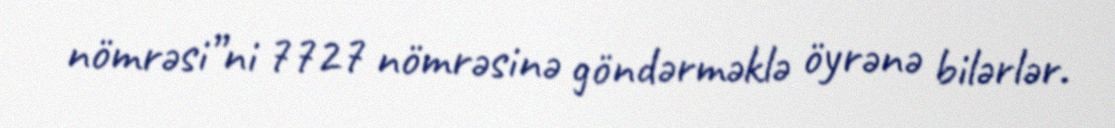
nömrəsi”ni 7727 nömrəsinə göndərməklə öyrənə bilərlər.